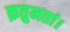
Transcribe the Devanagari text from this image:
क्रतुमतां।